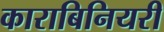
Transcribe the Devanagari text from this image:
काराबिनियरी